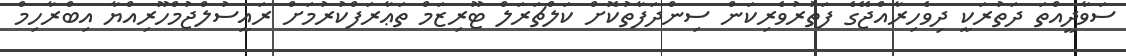
ސަވާދީއްތަ ދަތުރަކީ ދިވެހިރާއްޖޭގެ ފަތުރުވެރިކަން ސިންދަފާތުކޮށް ކަލްޗަރަލް ޓޫރިޒަމް ތަޢާރަފްކުރުމަށް ރައީސުލްޖުމްހޫރިއްޔާ އިބްރާހިމް